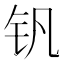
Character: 钒